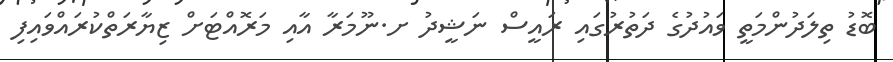
ބޮޑު ތިލަދުންމަތީ ވައުދުގެ ދަތުރުގައި ރައީސް ނަޝީދު ށ.ނޫމަރާ އާއި މަރޮއްޓަށް ޒިޔާރަތްކުރައްވައިފި